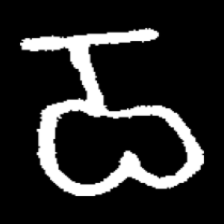
Pyu character \u2014 Myanmar letter: ဝ (romanized: wa)